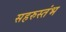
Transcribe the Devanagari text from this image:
सहरुस्तंभ